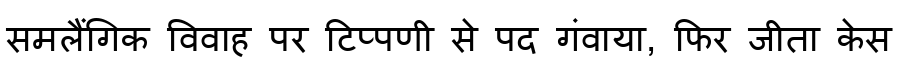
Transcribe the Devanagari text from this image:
समलैंगिक विवाह पर टिप्पणी से पद गंवाया, फिर जीता केस